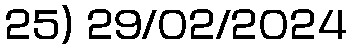
25) 29/02/2024